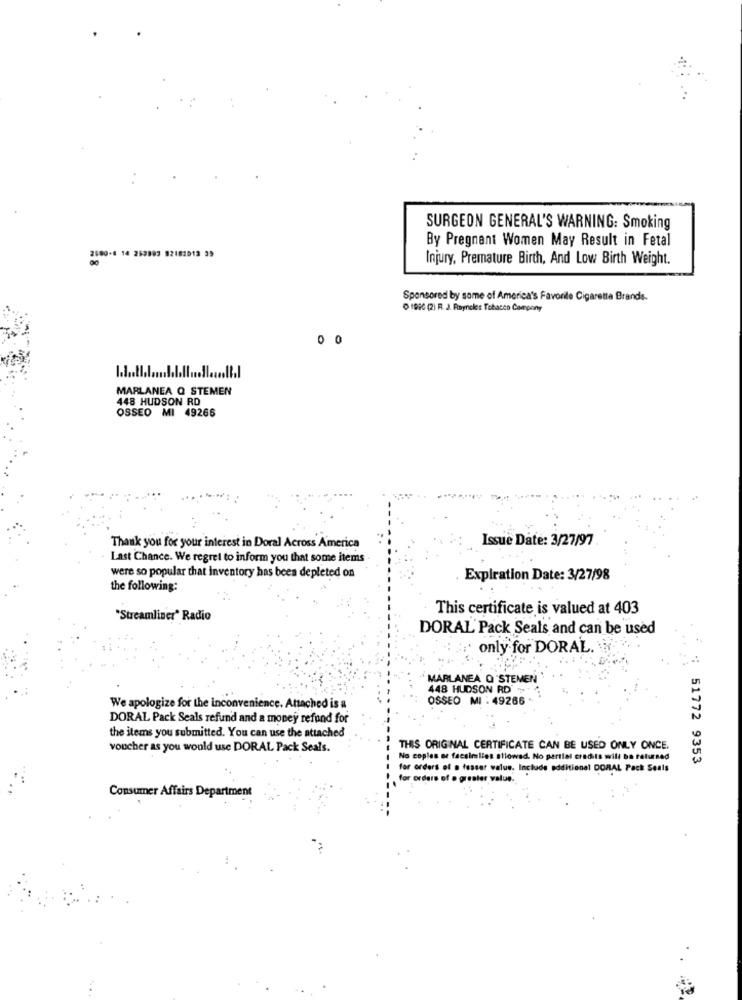
SURGEON GENERAL'S WARNING: Smoking
By Pregnant Women May Result in Fetal
2600-4 14 263803 02182013 39
Injury, Premature Birth, And Low Birth Weight.
Sponsored by some of America's Favorite Cigarette Brands.
0 1990 (2) R. J. Payneles Tobacco Company
00
MARLANEA Q STEMEN
448 HUDSON RD
OSSEO MI 49266
Issue Date: 3/27/97
Thank you for your interest in Doral Across America
Last Chance. We regret to inform you that some items
were so popular that inventory has been depleted on
Expiration Date: 3/27/98
the following:
This certificate is valued at 403
"Streamliner" Radio
DORAL Pack Seals and can be used
only for DORAL.
MARLANEA O'STEMEN
448 HUDSON RD
OSSEO MI : 49266
We apologize for the inconvenience. Attached is a
DORAL Pack Seals refund and a money refund for
the items you submitted. You can use the attached
voucher as you would use DORAL Pack Seals.
THIS ORIGINAL CERTIFICATE CAN BE USED ONLY ONCE.
No coples ar facsimiles stiowad. No partial credits will be returned
51772 9353
for orders of a fesser value. Include additional DORAL Pack Seals
for orders
value.
Consumer Affairs Department